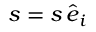
\boldsymbol { s } = s \, \hat { \boldsymbol { e } } _ { i }